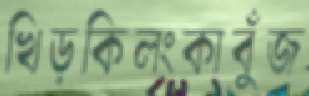
খিড়কিলংকাবুঁজ